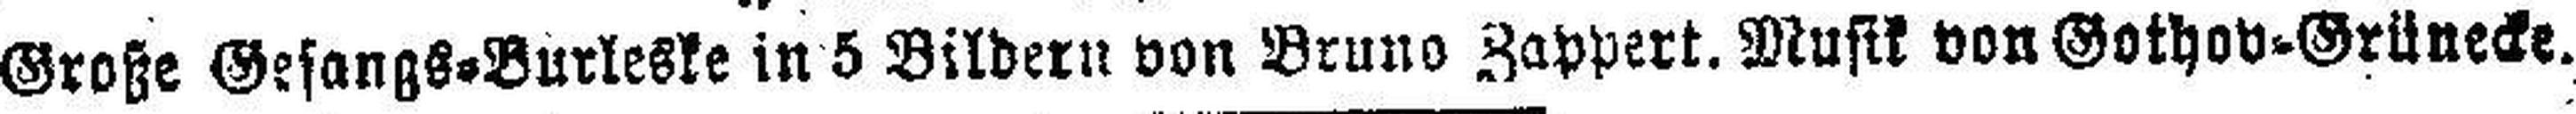
Große Gesangs=Burleske in 5 Bildern von Bruno Zappert. Musik von Gothov-Grünecke.